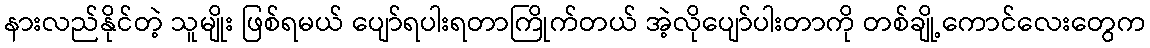
နားလည်နိုင်တဲ့ သူမျိုး ဖြစ်ရမယ် ပျော်ရပါးရတာကြိုက်တယ် အဲ့လိုပျော်ပါးတာကို တစ်ချို့ကောင်လေးတွေက